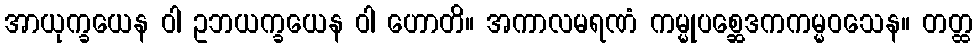
အာယုက္ခယေန ဝါ ဥဘယက္ခယေန ဝါ ဟောတိ။ အကာလမရဏံ ကမ္မုပစ္ဆေဒကကမ္မဝသေန။ တတ္ထ